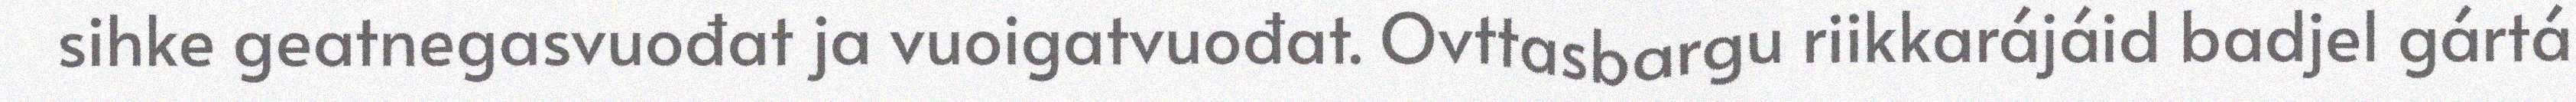
sihke geatnegasvuođat ja vuoigatvuođat. Ovttasbargu riikkarájáid badjel gártá